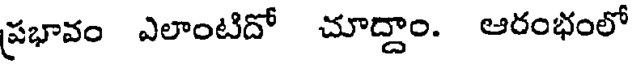
ప్రభావం ఎలాంటిదో చూద్దాం. ఆరంభంలో